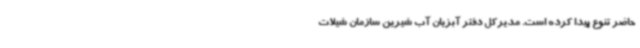
حاضر تنوع پیدا کرده است. مدیرکل دفتر آبزیان آب شیرین سازمان شیلات